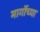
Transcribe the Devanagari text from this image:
मार्गोच्या